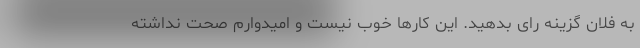
به فلان گزینه رای بدهید. این کارها خوب نیست و امیدوارم صحت نداشته